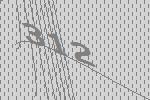
312